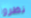
نظروا